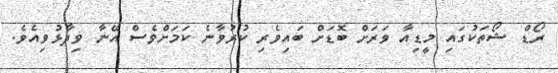
ރޯޑް ޝޯތަކުގައި މީޑިއާ ވަރަށް ބޮޑަށް ބައިވެރި ކުރުވާނެ ކަމަށްވެސް އޭނާ ވިދާޅުވިއެވެ.